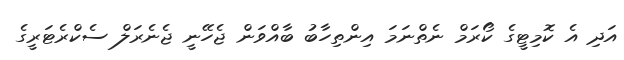
އަދި އެ ކޮމިޓީގެ ކޯރަމް ނެތްނަމަ އިންތިހާބު ބާއްވަން ޖެހޭނީ ޖެނެރަލް ސެކްރެޓަރީގެ